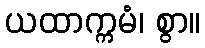
ယထာက္ကမံ၊ စွာ။